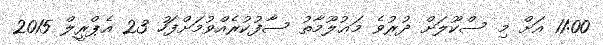
11:00 އަށް މި ސްކޫލަށް ދުރުވެ މަޢުލޫމާތު ސާފުކުރެއްވުމަށްފަހު 23 އެޕްރީލް 2015